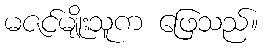
မဇင်မျိုးသူက ဖြေသည်။